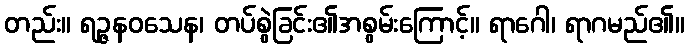
တည်း။ ရဉ္ဇနဝသေန၊ တပ်စွဲခြင်း၏အစွမ်းကြောင့်။ ရာဂေါ၊ ရာဂမည်၏။